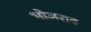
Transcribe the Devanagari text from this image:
भोजराव